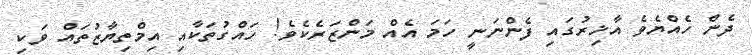
ދެން ހެއްޔެވެ އާޚިރުގައި ފެންނަނީ ހަމަ އެއް މަންޒަރެކެވެ! ހައްގުތަކާއި އިމްތިޔާޒުތައް ވަކި